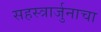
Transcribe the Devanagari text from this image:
सहस्त्रार्जुनाचा